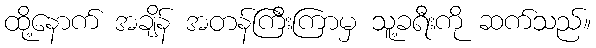
ထို့နောက် အချိန် အတန်ကြီးကြာမှ သူ့ခရီးကို ဆက်သည်။